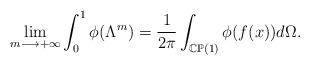
LaTeX: \begin{align*} \lim_{m\longrightarrow +\infty} \int_0^1 \phi(\Lambda^m) = \frac{1}{2\pi}\int_{\mathbb{CP}(1)} \phi(f(x)) d\Omega . \end{align*}